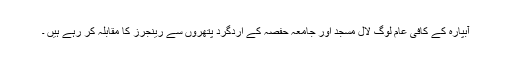
آبپارہ کے کافی عام لوگ لال مسجد اور جامعہ حفصہ کے اردگرد پتھروں سے رینجرز کا مقابلہ کر رہے ہیں ۔